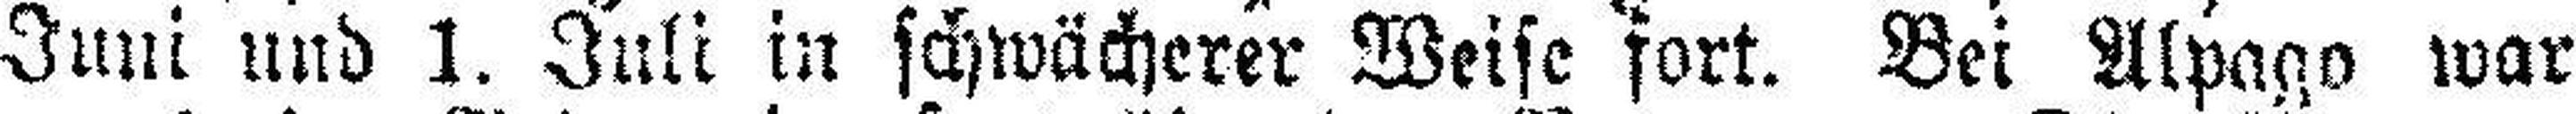
Juni und 1. Juli in schwächerer Weise fort. Bei Alpago war